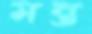
মন্ত